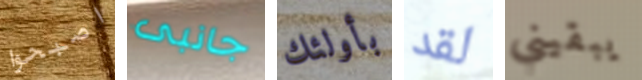
اصبحوا جانبى بأولئك لقد يبقيني